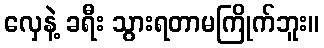
လှေနဲ့ ခရီး သွားရတာမကြိုက်ဘူး။